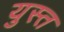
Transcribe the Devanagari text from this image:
युस्त